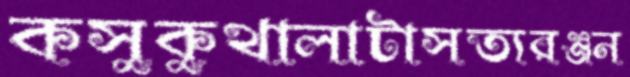
কসুকুথালাটাসত্যরঞ্জন